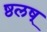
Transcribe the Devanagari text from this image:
ष्ठलष्